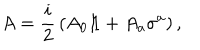
A = { \frac { i } { 2 } } \left( A _ { 0 } 1 \! \! 1 + A _ { a } \sigma ^ { a } \right) ,